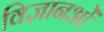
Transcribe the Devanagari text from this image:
विज्ञानओं